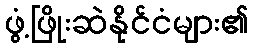
ဖွံ့ဖြိုးဆဲနိုင်ငံများ၏